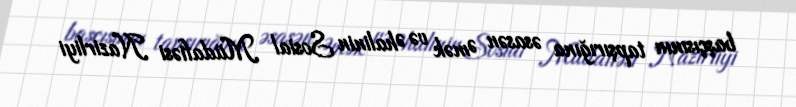
başçısının tapşırığına əsasən Əmək və Əhalinin Sosial Müdafiəsi Nazirliyi